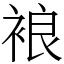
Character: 𧚅